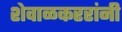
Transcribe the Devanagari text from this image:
शेवाळकररांनी